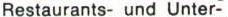
Restaurants- und Unter-